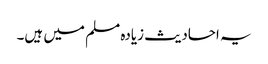
یہ احادیث زیادہ مسلم میں ہیں۔